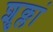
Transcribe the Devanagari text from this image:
शुक्लां